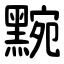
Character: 黦